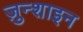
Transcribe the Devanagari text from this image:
ज़ुन्शाइन